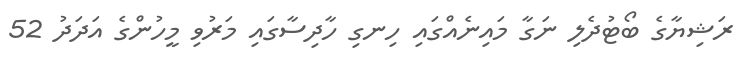
ރަޝިޔާގެ ބޯޓުދެލި ނަގާ މައިނެއްގައި ހިނގި ހާދިސާގައި މަރުވި މީހުންގެ އަދަދު 52